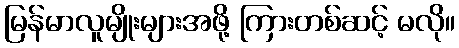
မြန်မာလူမျိုးများအဖို့ ကြားတစ်ဆင့် မလို။